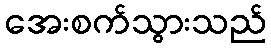
အေးစက်သွားသည်